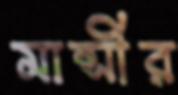
মান্সীর